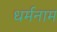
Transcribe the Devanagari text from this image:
धर्मनाम